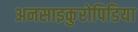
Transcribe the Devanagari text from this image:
अनसाइकुरोपिडिया